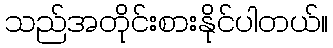
သည်အတိုင်းစားနိုင်ပါတယ်။